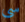
سى